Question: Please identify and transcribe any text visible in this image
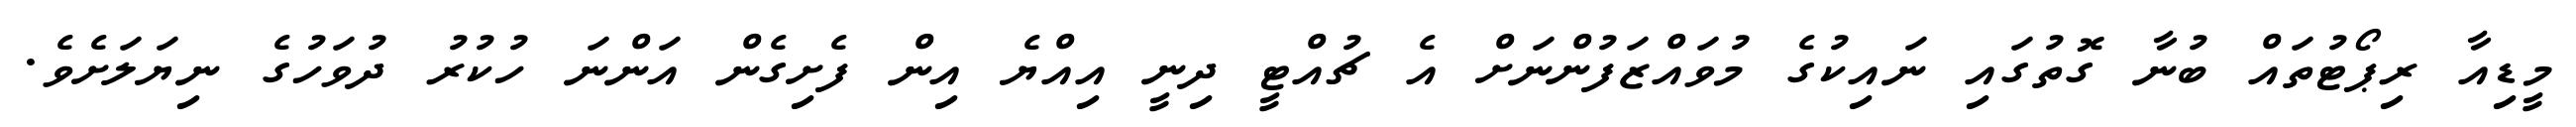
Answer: މީޑިއާ ރިޕޯޓުތައް ބުނާ ގޮތުގައި ނައިކުގެ މުވައްޒަފުންނަށް އެ ޗުއްޓީ ދިނީ އިއްޔެ އިން ފެށިގެން އަންނަ ހުކުރު ދުވަހުގެ ނިޔަލަށެވެ.